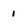
Character: 1